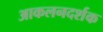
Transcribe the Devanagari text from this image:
आकलनदर्शक